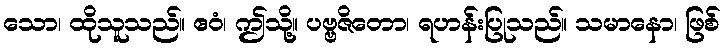
သော၊ ထိုသူသည်။ ဧဝံ၊ ဤသို့။ ပဗ္ဗဇိတော၊ ရဟန်းပြုသည်။ သမာနော၊ ဖြစ်